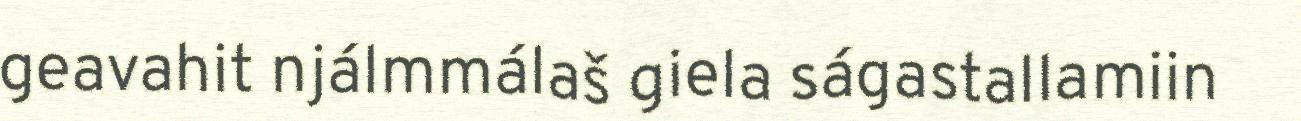
geavahit njálmmálaš giela ságastallamiin